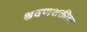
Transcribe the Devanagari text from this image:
श्रवणशक्तीवर